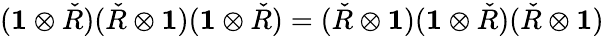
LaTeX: (\mathbf{1}\otimes{\check{R}})({\check{R}}\otimes\mathbf{1})(\mathbf{1}\otimes{\check{R}})=({\check{R}}\otimes\mathbf{1})(\mathbf{1}\otimes{\check{R}})({\check{R}}\otimes\mathbf{1})